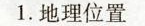
1.地理位置